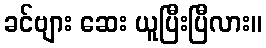
ခင်ဗျား ဆေး ယူပြီးပြီလား။